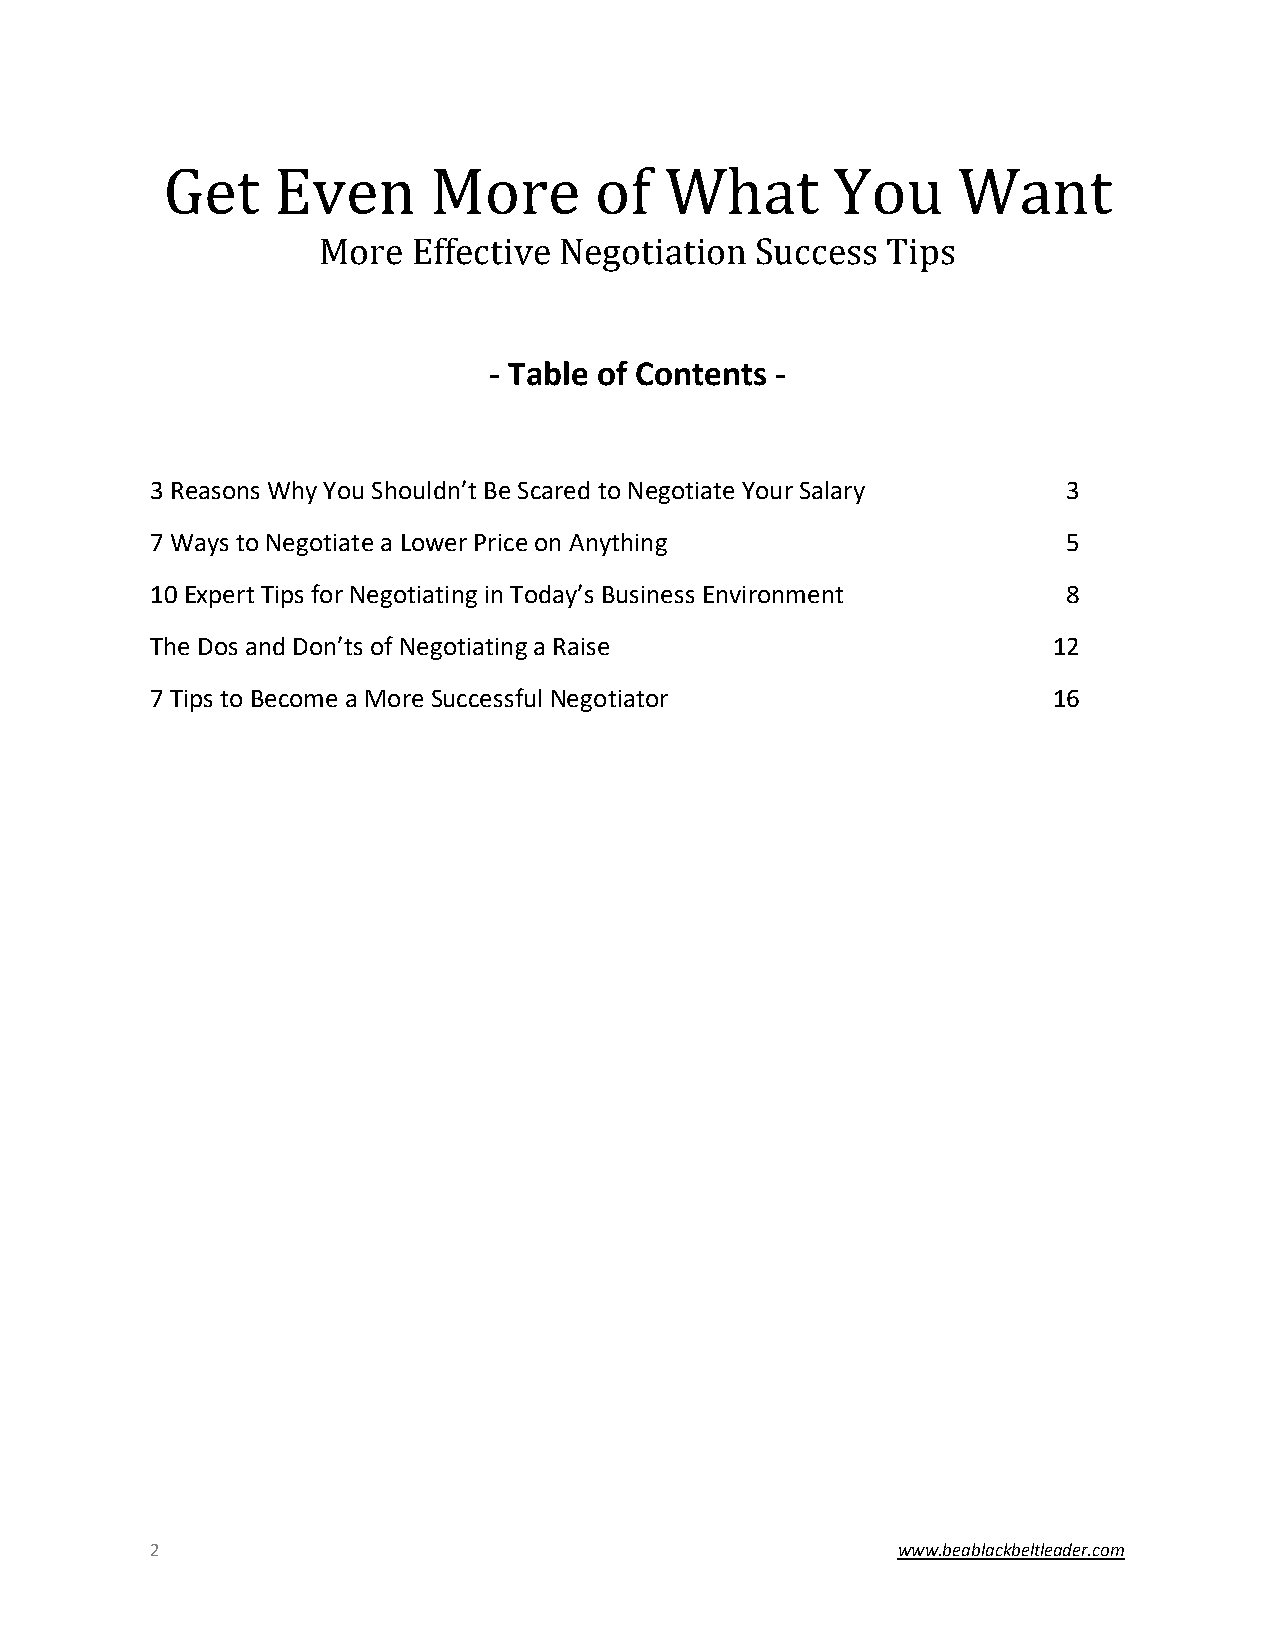
Get    Even      More       of   What       You     Want
 More  Effective Negotiation  Success  Tips
 - Table of Contents -
 3 Reasons Why You Shouldn’t Be Scared to Negotiate Your Salary 3
 7 Ways to Negotiate a Lower Price on Anything                5
 10 Expert Tips for Negotiating in Today’s Business Environment 8
 The Dos and Don’ts of Negotiating a Raise                   12
 7 Tips to Become a More Successful Negotiator               16
 2                                                www.beablackbeltleader.com